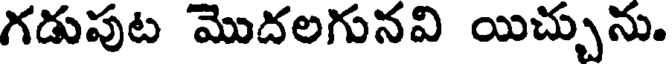
గడుపుట మొదలగునవి యిచ్చును.